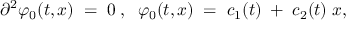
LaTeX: { \partial } ^ { 2 } { \varphi } _ { 0 } ( t , x ) \; = \; 0 \; , \; \; \varphi _ { 0 } ( t , x ) \; = \; c _ { 1 } ( t ) \; + \; c _ { 2 } ( t ) \; x ,